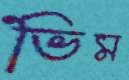
ভিম